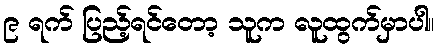
၉ ရက် ပြည့်ရင်တော့ သူက လူထွက်မှာပါ။